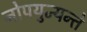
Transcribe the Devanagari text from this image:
नोपयुज्यन्ते